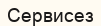
Сервисез